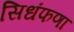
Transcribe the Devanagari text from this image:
सिधंफणा